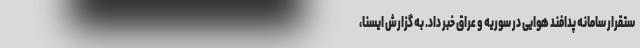
ستقرار سامانه پدافند هوایی در سوریه و عراق خبر داد. به گزارش ایسنا،